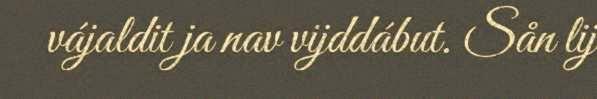
vájaldit ja nav vijddábut. Sån lij